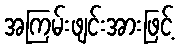
အကြမ်းဖျင်းအားဖြင့်